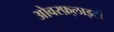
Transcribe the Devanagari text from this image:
ओवरफ़्लाइटों